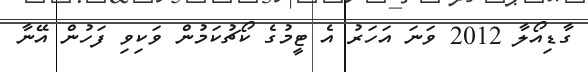
ގާޑިއޯލާ 2012 ވަނަ އަހަރު އެ ޓީމުގެ ކޯޗުކަމުން ވަކިވި ފަހުން އޭނާ